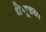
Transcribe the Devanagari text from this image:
धेनूच्या